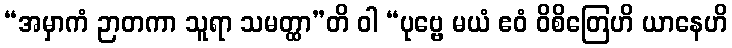
“အမှာကံ ဉာတကာ သူရာ သမတ္ထာ”တိ ဝါ “ပုဗ္ဗေ မယံ ဧဝံ ဝိစိတြေဟိ ယာနေဟိ